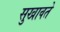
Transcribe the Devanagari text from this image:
सुखावते